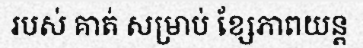
របស់ គាត់ សម្រាប់ ខ្សែភាពយន្ត